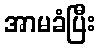
အာမခံပြီး